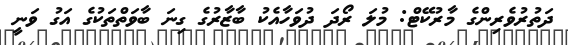
ދަތުރުވެރިންގެ މާރުކޭޓް: މުލަ ރޯދަ ދުވަހާއެކު ބާޒާރުގެ ގިނަ ބާވަތްތަކުގެ އަގު ވަނީ